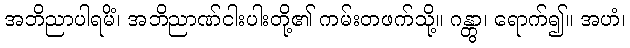
အဘိညာပါရမိံ၊ အဘိညာဏ်ငါးပါးတို့၏ ကမ်းတဖက်သို့။ ဂန္တွာ၊ ရောက်၍။ အဟံ၊